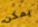
يمكن